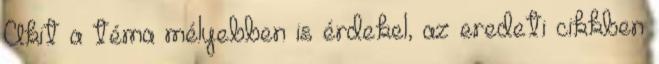
Akit a téma mélyebben is érdekel, az eredeti cikkben